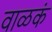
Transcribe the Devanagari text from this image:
वाळकं